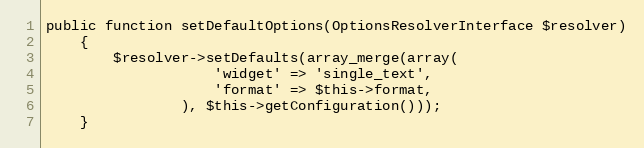
Language: PHP
public function setDefaultOptions(OptionsResolverInterface $resolver)
    {
        $resolver->setDefaults(array_merge(array(
                    'widget' => 'single_text',
                    'format' => $this->format,
                ), $this->getConfiguration()));
    }